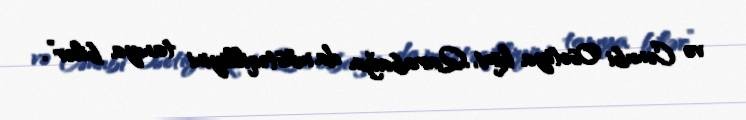
və Cənubi Osetiya kimi, Qarabağın da müstəqilliyini tanıya bilər”.